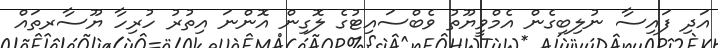
އަދި ފައިސާ ނުލިބިގެން އެމްވީޔޫތު ވެބްސައިޓުގެ ލޮގިން އޮންނަ އިތުރު ހުރިހާ ޔޫސާރތައް